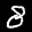
Label: 8